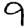
Digit: 9